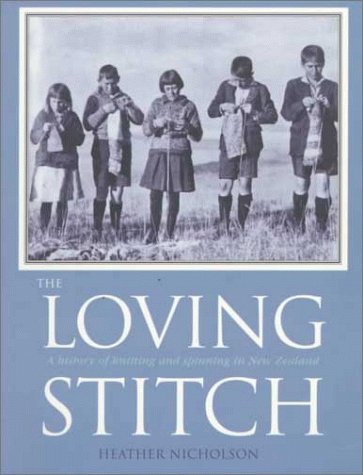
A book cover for The Loving Stitch: A History of Knitting and Spinning in New Zealand; Heather Nicholson; Crafts, Hobbies & Home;